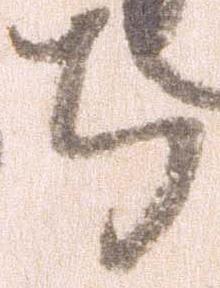
ち